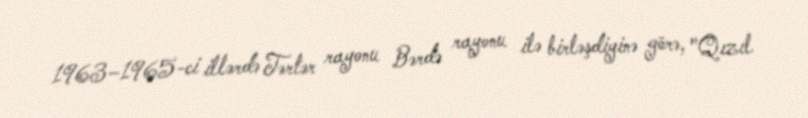
1963–1965-ci illərdə Tərtər rayonu Bərdə rayonu ilə birləşdiyinə görə, "Qızıl